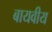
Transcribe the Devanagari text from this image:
बायवीय